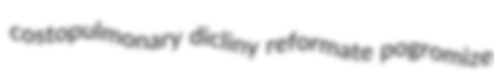
costopulmonary dicliny reformate pogromize